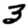
Digit: 3